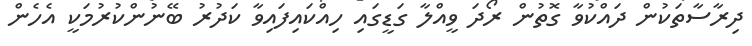
ދިރާސާތަކުން ދައްކުވާ ގޮތުން ރޯދަ ވީއްލާ ގަޑީގައި ހިއްކައިފައިވާ ކަދުރު ބޭނުންކުރުމަކީ އެހެން